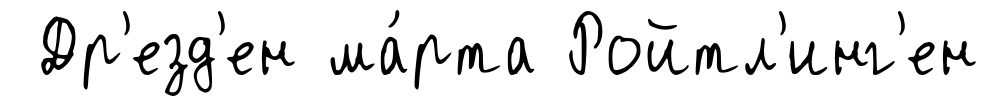
Др'езд'ен ма́рта Ройтл'инг'ен